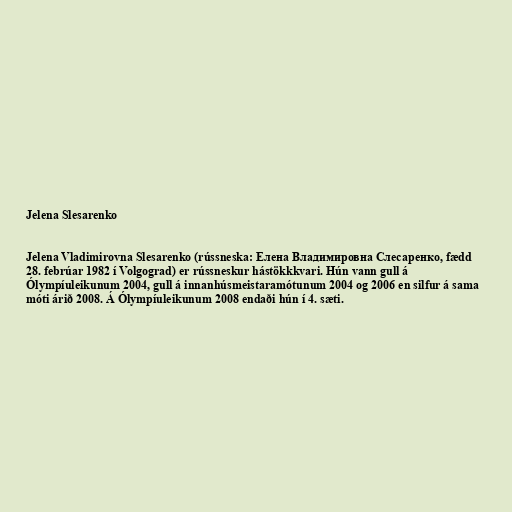
Jelena Slesarenko

Jelena Vladimirovna Slesarenko (rússneska: Елена Владимировна Слесаренко, fædd
28. febrúar 1982 í Volgograd) er rússneskur hástökkkvari. Hún vann gull á
Ólympíuleikunum 2004, gull á innanhúsmeistaramótunum 2004 og 2006 en silfur á sama
móti árið 2008. Á Ólympíuleikunum 2008 endaði hún í 4. sæti.